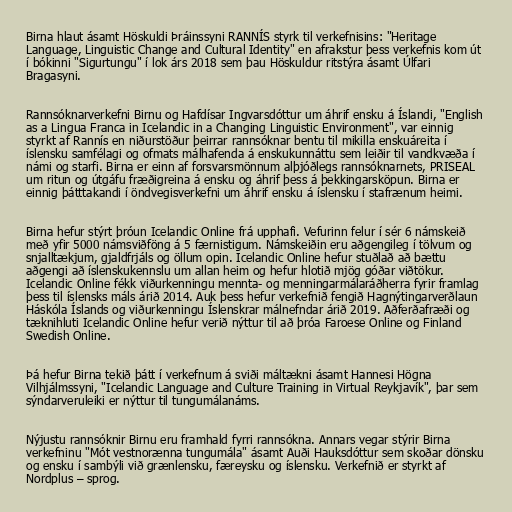
Birna hlaut ásamt Höskuldi Þráinssyni RANNÍS styrk til verkefnisins: "Heritage
Language, Linguistic Change and Cultural Identity" en afrakstur þess verkefnis kom út
í bókinni "Sigurtungu" í lok árs 2018 sem þau Höskuldur ritstýra ásamt Úlfari
Bragasyni.

Rannsóknarverkefni Birnu og Hafdísar Ingvarsdóttur um áhrif ensku á Íslandi, "English
as a Lingua Franca in Icelandic in a Changing Linguistic Environment", var einnig
styrkt af Rannís en niðurstöður þeirrar rannsóknar bentu til mikilla enskuáreita í
íslensku samfélagi og ofmats málhafenda á enskukunnáttu sem leiðir til vandkvæða í
námi og starfi. Birna er einn af forsvarsmönnum alþjóðlegs rannsóknarnets, PRISEAL
um ritun og útgáfu fræðigreina á ensku og áhrif þess á þekkingarsköpun. Birna er
einnig þátttakandi í öndvegisverkefni um áhrif ensku á íslensku í stafrænum heimi.

Birna hefur stýrt þróun Icelandic Online frá upphafi. Vefurinn felur í sér 6 námskeið
með yfir 5000 námsviðföng á 5 færnistigum. Námskeiðin eru aðgengileg í tölvum og
snjalltækjum, gjaldfrjáls og öllum opin. Icelandic Online hefur stuðlað að bættu
aðgengi að íslenskukennslu um allan heim og hefur hlotið mjög góðar viðtökur.
Icelandic Online fékk viðurkenningu mennta- og menningarmálaráðherra fyrir framlag
þess til íslensks máls árið 2014. Auk þess hefur verkefnið fengið Hagnýtingarverðlaun
Háskóla Íslands og viðurkenningu Íslenskrar málnefndar árið 2019. Aðferðafræði og
tæknihluti Icelandic Online hefur verið nýttur til að þróa Faroese Online og Finland
Swedish Online.

Þá hefur Birna tekið þátt í verkefnum á sviði máltækni ásamt Hannesi Högna
Vilhjálmssyni, "Icelandic Language and Culture Training in Virtual Reykjavík", þar sem
sýndarveruleiki er nýttur til tungumálanáms.

Nýjustu rannsóknir Birnu eru framhald fyrri rannsókna. Annars vegar stýrir Birna
verkefninu "Mót vestnorænna tungumála" ásamt Auði Hauksdóttur sem skoðar dönsku
og ensku í sambýli við grænlensku, færeysku og íslensku. Verkefnið er styrkt af
Nordplus – sprog.